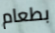
بطعام